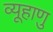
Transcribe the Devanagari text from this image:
व्यूहाणु